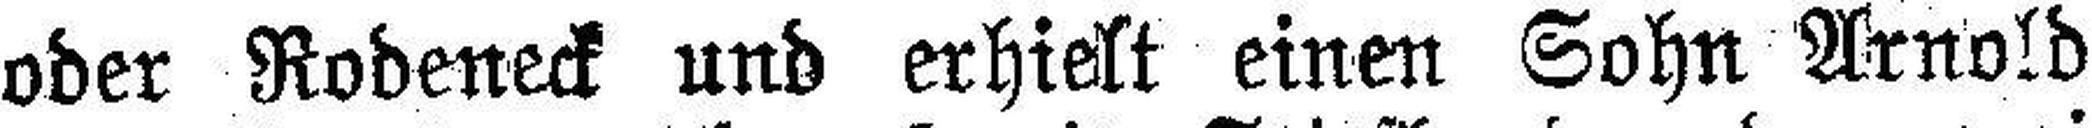
oder Rodeneck und erhielt einen Sohn Arnold